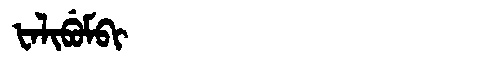
Manchu: ᡶᠠᠯᡳᠪᡠᠮᠪᡳ
Romanization: FALIBUMBI